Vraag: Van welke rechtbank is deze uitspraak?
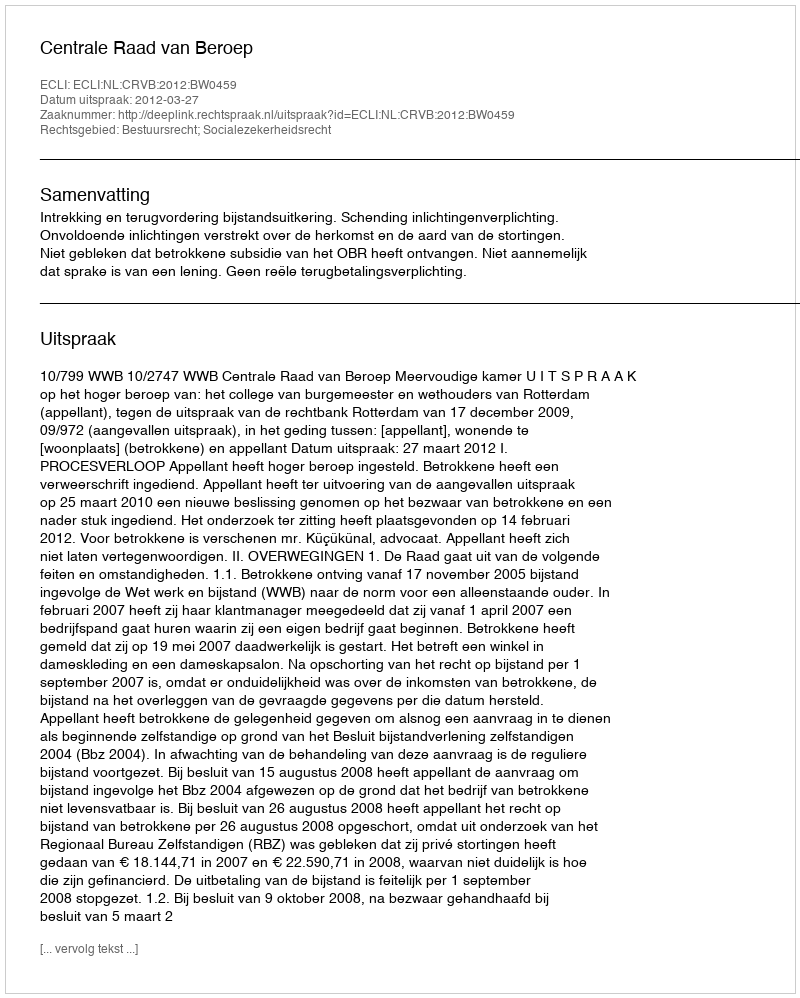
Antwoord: Centrale Raad van Beroep